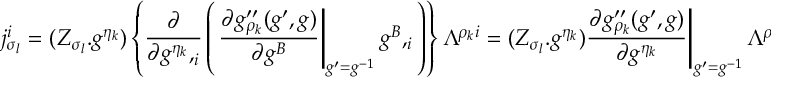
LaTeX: j _ { \sigma _ { l } } ^ { i } = ( Z _ { \sigma _ { l } } . g ^ { \eta _ { k } } ) \left\{ \frac { \partial } { \partial g ^ { \eta _ { k } } , _ { i } } \left( \left. \frac { \partial g _ { \rho _ { k } } ^ { \prime \prime } ( g ^ { \prime } , g ) } { \partial g ^ { B } } \right| _ { g ^ { \prime } = g ^ { - 1 } } g ^ { B } , _ { i } \right) \right\} \Lambda ^ { \rho _ { k } i } \left. = ( Z _ { \sigma _ { l } } . g ^ { \eta _ { k } } ) \frac { \partial g _ { \rho _ { k } } ^ { \prime \prime } ( g ^ { \prime } , g ) } { \partial g ^ { \eta _ { k } } } \right| _ { g ^ { \prime } = g ^ { - 1 } } \Lambda ^ { \rho _ { k } i }